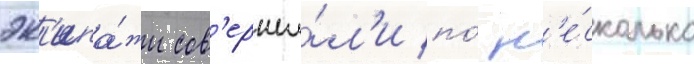
эк'ипа́жи сов'ерши́л'и по́ н'е́сколько